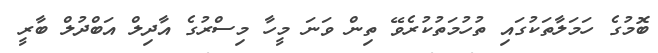
ބޮމުގެ ހަމަލާތަކުގައި ތުހުމަތުކުރެވޭ ތިން ވަނަ މީހާ މިސްރުގެ އާދިލް އަބްދުލް ބާރީ